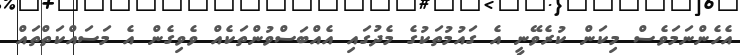
އެހެންނަމަވެސް މިކަން ކުރެވޭނީ އެ ގައުމުތަކުގެ މެދުގައި އެއްބަސްވުންތަކެއް ވެވިގެން އެ މަސައްކަތްތައް